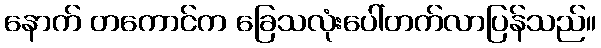
နောက် တကောင်က ခြေသလုံးပေါ်တက်လာပြန်သည်။